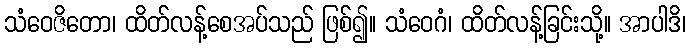
သံဝေဇိတော၊ ထိတ်လန့်စေအပ်သည် ဖြစ်၍။ သံဝေဂံ၊ ထိတ်လန့်ခြင်းသို့။ အာပါဒိ၊